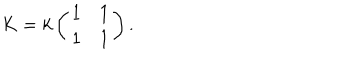
K = k \left( \begin{array} { c c } { { 1 } } & { { 1 } } \\ { { 1 } } & { { 1 } } \\ \end{array} \right) .